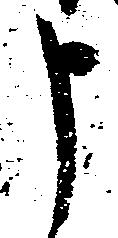
申